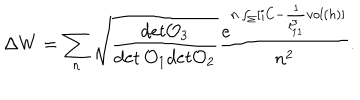
LaTeX: \Delta W = \sum _ { n } \sqrt { { \frac { d e t { \cal O } _ { 3 } } { \det { \cal O } _ { 1 } d e t { \cal O } _ { 2 } } } } { \frac { e ^ { n \int _ { \Sigma } [ i C - { \frac { 1 } { l _ { 1 1 } ^ { 3 } } } v o l ( h ) ] } } { n ^ { 2 } } } .